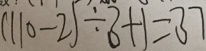
( 1 1 0 - 2 ) \div 3 + 1 = 3 7